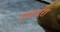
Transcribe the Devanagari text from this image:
एकदरा